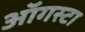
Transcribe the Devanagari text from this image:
ऑगस्‍टा